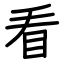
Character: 看